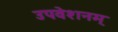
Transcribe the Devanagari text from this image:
उपवेशनम्